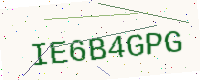
Text: IE6B4GPG